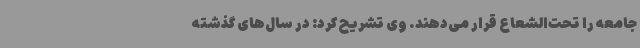
جامعه را تحت‌الشعاع قرار می‌دهند. وی تشریح کرد: در سال‌های گذشته